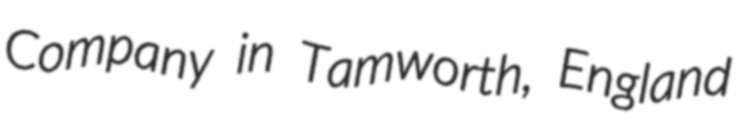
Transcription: Company in Tamworth, England